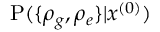
\mathrm P ( \{ \rho _ { g } , \rho _ { e } \} | x ^ { ( 0 ) } )